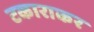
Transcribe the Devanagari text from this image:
टकाराकर